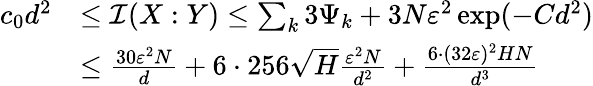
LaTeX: \begin{array}{rl}{c_{0}d^{2}}&{\le\mathcal{I}(X:Y)\le\sum_{k}3\Psi_{k}+3N\varepsilon^{2}\exp(-Cd^{2})}\\ &{\le\frac{30\varepsilon^{2}N}{d}+6\cdot 256\sqrt{H}\frac{\varepsilon^{2}N}{d^{2}}+\frac{6\cdot(32\varepsilon)^{2}HN}{d^{3}}}\end{array}